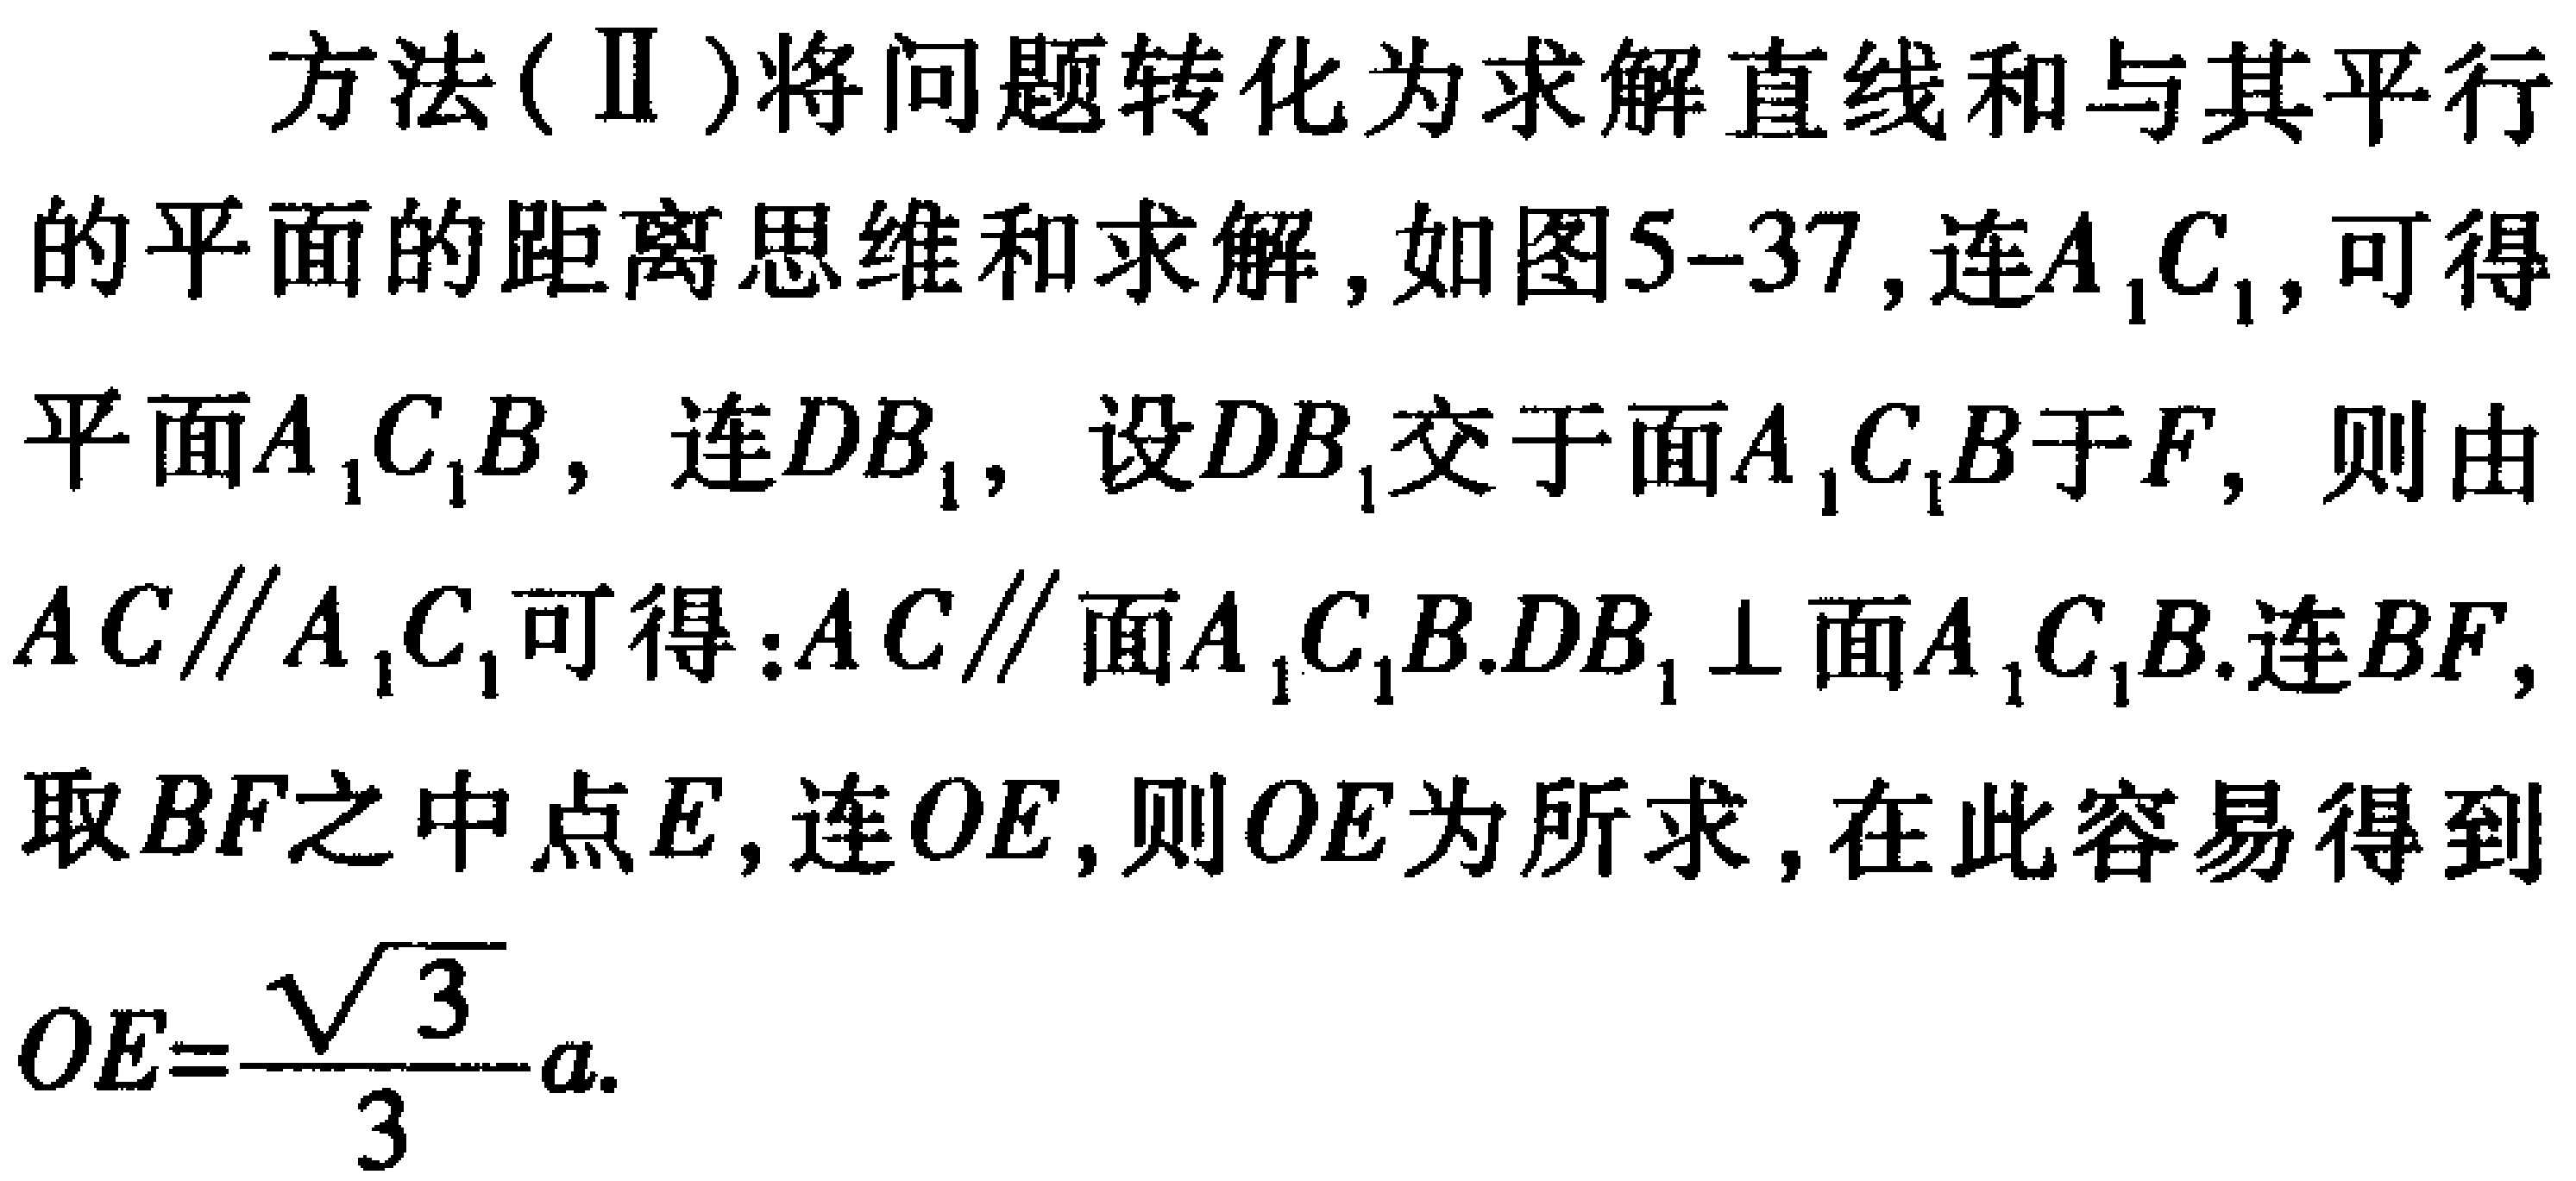
方法(Ⅱ)将问题转化为求解直线和与其平行的平面的距离思维和求解,如图5-37,连\(A_{1}C_{1}\),可得平面\(A_{1}C_{1}B\),连\(DB_{1}\),设\(DB_{1}\)交于面\(A_{1}C_{1}B\)于\(F\),则由\(AC\parallel A_{1}C_{1}\)可得:\(AC\parallel\)面\(A_{1}C_{1}B\).\(DB_{1}\perp\)面\(A_{1}C_{1}B\).连\(BF\),取\(BF\)之中点\(E\),连\(OE\),则\(OE\)为所求,在此容易得到\(OE = \frac{\sqrt{3}}{3}a\).